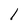
Character: l